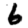
Digit: 6